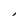
Character: I